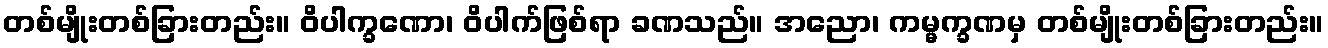
တစ်မျိုးတစ်ခြားတည်း။ ဝိပါက္ခဏော၊ ဝိပါက်ဖြစ်ရာ ခဏသည်။ အညော၊ ကမ္မက္ခဏမှ တစ်မျိုးတစ်ခြားတည်း။